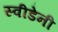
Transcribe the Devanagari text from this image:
स्वीडेनी